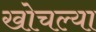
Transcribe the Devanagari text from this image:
खोचल्या